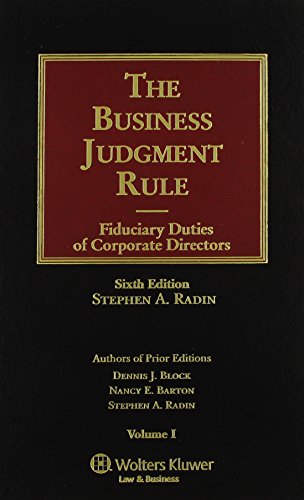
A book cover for The Business Judgment Rule: Fiduciary Duties of Corporate Officers, Sixth Edition  VOl. 1-4; Stephen A. Radin; Business & Money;